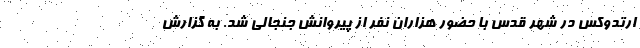
ارتدوکس در شهر قدس با حضور هزاران نفر از پیروانش جنجالی شد. به گزارش